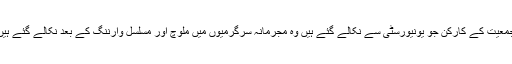
جمعیت کے کارکن جو یونیورسٹی سے نکالے گئے ہیں وہ مجرمانہ سرگرمیوں میں ملوچ اور مسلسل وارننگ کے بعد نکالے گئے ہیں۔